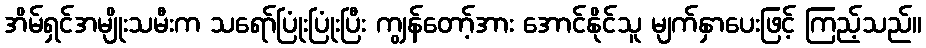
အိမ်ရှင်အမျိုးသမီးက သရော်ပြုံးပြုံးပြီး ကျွန်တော့်အား အောင်နိုင်သူ မျက်နှာပေးဖြင့် ကြည့်သည်။